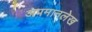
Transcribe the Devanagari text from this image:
अपमानलेख